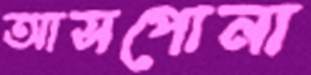
আসপোনা